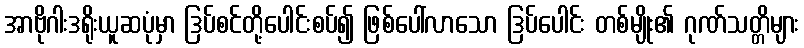
အာဗိုဂါးဒရိုးယူဆပုံမှာ ဒြပ်စင်တို့ပေါင်းစပ်၍ ဖြစ်ပေါ်လာသော ဒြပ်ပေါင်း တစ်မျိုး၏ ဂုဏ်သတ္တိများ